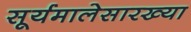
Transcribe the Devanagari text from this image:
सूर्यमालेसारख्या